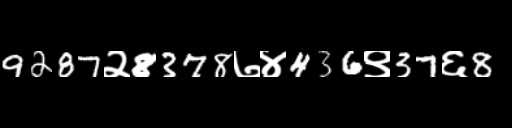
Text: 9287२8378७४436९37६8